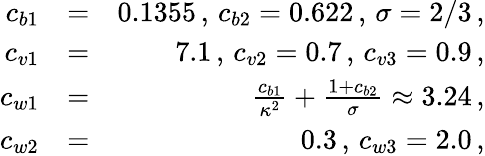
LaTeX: \begin{array}{rlr}{c_{b1}}&{=}&{0.1355\, ,\, c_{b2}=0.622\, ,\, \sigma=2/3\, ,}\\ {c_{v1}}&{=}&{7.1\, ,\, c_{v2}=0.7\, ,\, c_{v3}=0.9\, ,}\\ {c_{w1}}&{=}&{\frac{c_{b1}}{\kappa^{2}}+\frac{1+c_{b2}}{\sigma}\approx 3.24\, ,}\\ {c_{w2}}&{=}&{0.3\, ,\, c_{w3}=2.0\, ,}\end{array}